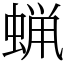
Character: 蝋